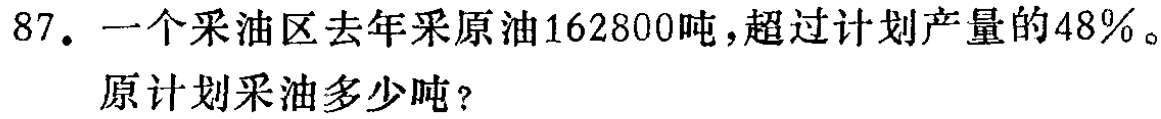
87. 一个采油区去年采原油162800吨，超过计划产量的48%。

原计划采油多少吨？